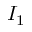
I _ { 1 }